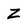
Character: Z